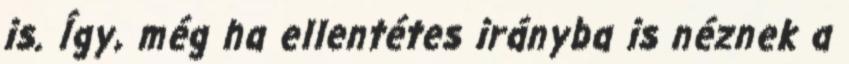
is. Így, még ha ellentétes irányba is néznek a